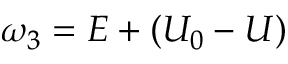
\omega _ { 3 } = E + ( U _ { 0 } - U )